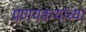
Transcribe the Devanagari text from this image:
प्रणयकथांच्या